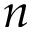
n